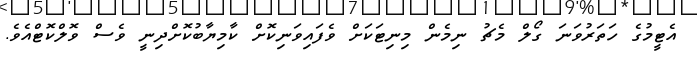
އެޓީމުގެ ހަތަރުވަނަ ގޯލް މެޗު ނިމެން މިނިޓަކަށް ވެފައިވަނިކޮށް ކާމިޔާބުކޮށްދިނީ ވެސް ވޮލްކޮޓްއެވެ.